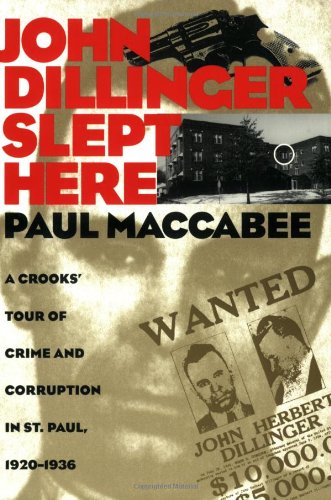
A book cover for John Dillinger Slept Here: A Crooks' Tour of Crime and Corruption in St. Paul, 1920-1936; Paul Maccabee; Biographies & Memoirs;